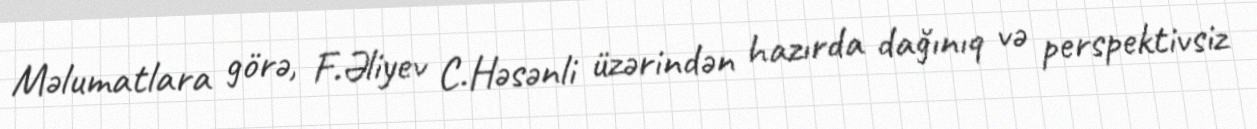
Məlumatlara görə, F.Əliyev C.Həsənli üzərindən hazırda dağınıq və perspektivsiz